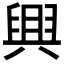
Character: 𦥷